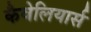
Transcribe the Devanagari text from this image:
कैवेलियार्स